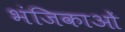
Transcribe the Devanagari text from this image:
भंजिकाओं